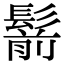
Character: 鬋